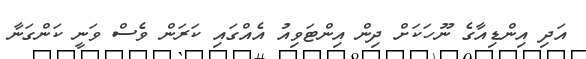
އަދި އިންޑިއާގެ ނޫހަކަށް ދިން އިންޓަވިއު އެއްގައި ކަރަން ވެސް ވަނީ ކަންގަނާ